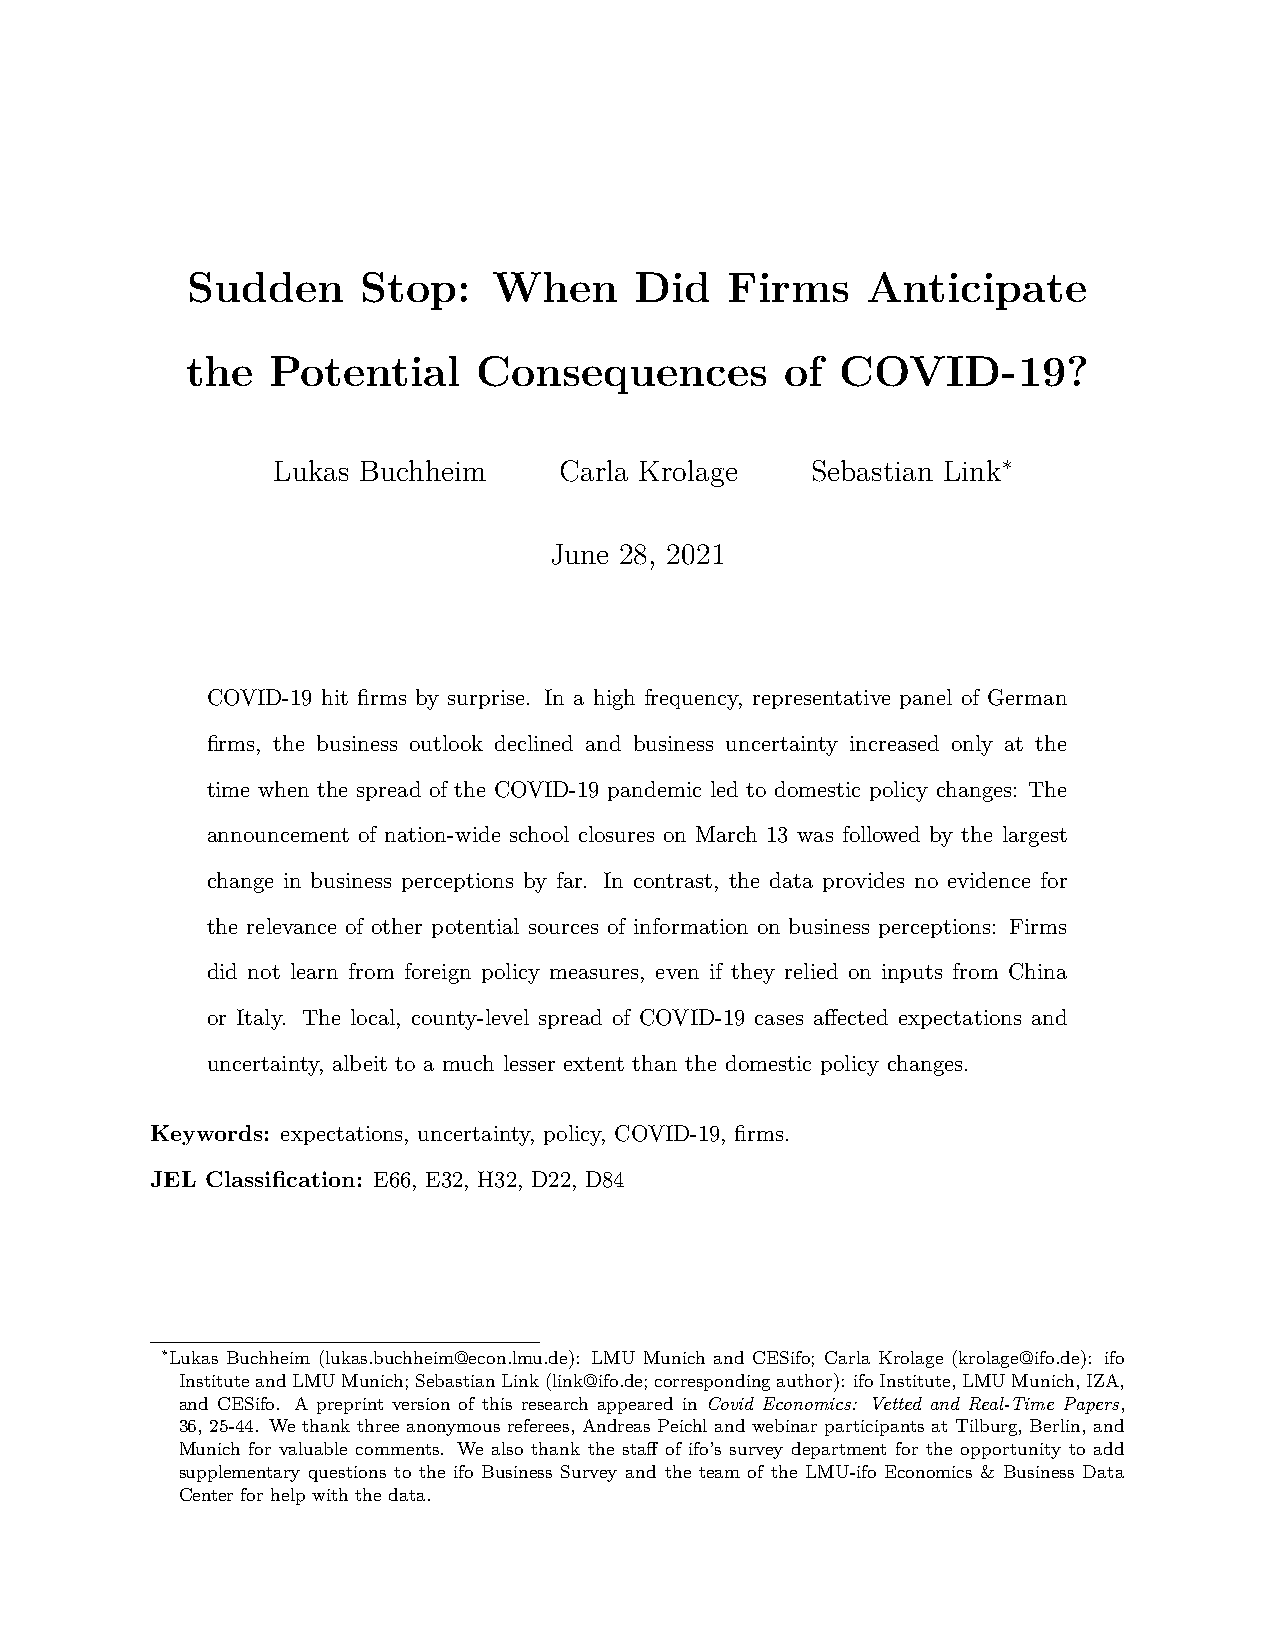
Sudden      Stop:    When     Did   Firms    Anticipate
 the   Potential     Consequences        of  COVID-19?
 Lukas Buchheim     Carla Krolage    Sebastian Link∗
 June 28, 2021
 COVID-19 hit firms by surprise. In a high frequency, representative panel of German
 firms, the business outlook declined and business uncertainty increased only at the
 time when the spread of the COVID-19 pandemic led to domestic policy changes: The
 announcement of nation-wide school closures on March 13 was followed by the largest
 change in business perceptions by far. In contrast, the data provides no evidence for
 the relevance of other potential sources of information on business perceptions: Firms
 did not learn from foreign policy measures, even if they relied on inputs from China
 or Italy. The local, county-level spread of COVID-19 cases affected expectations and
 uncertainty, albeit to a much lesser extent than the domestic policy changes.
 Keywords: expectations, uncertainty, policy, COVID-19, firms.
 JEL Classification: E66, E32, H32, D22, D84
 ∗Lukas Buchheim (lukas.buchheim@econ.lmu.de): LMU Munich and CESifo; Carla Krolage (krolage@ifo.de): ifo
 InstituteandLMUMunich;SebastianLink(link@ifo.de;correspondingauthor): ifoInstitute,LMUMunich,IZA,
 and CESifo. A preprint version of this research appeared in Covid Economics: Vetted and Real-Time Papers,
 36, 25-44. We thank three anonymous referees, Andreas Peichl and webinar participants at Tilburg, Berlin, and
 Munich for valuable comments. We also thank the staff of ifo’s survey department for the opportunity to add
 supplementary questions to the ifo Business Survey and the team of the LMU-ifo Economics & Business Data
 Center for help with the data.